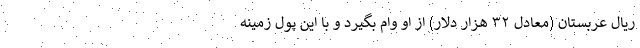
ریال عربستان (معادل ۳۲ هزار دلار) از او وام بگیرد و با این پول زمینه